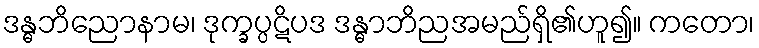
ဒန္ဓဘိညောနာမ၊ ဒုက္ခပ္ပဋိပဒ ဒန္ဓာဘိညအမည်ရှိ၏ဟူ၍။ ကတော၊